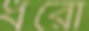
ধরো